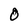
Character: O